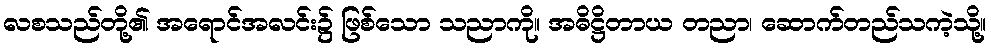
လစသည်တို့၏ အရောင်အလင်း၌ ဖြစ်သော သညာကို။ အဓိဋ္ဌိတာယ တညာ၊ ဆောက်တည်သကဲ့သို့။